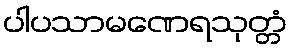
ပါပသာမဏေရသုတ္တံ